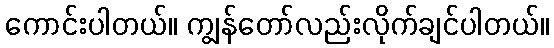
ကောင်းပါတယ်။ ကျွန်တော်လည်းလိုက်ချင်ပါတယ်။